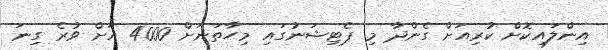
އިންލައިކޮށް ކުރިއަށް ގެންދާ މި ޕެޓިޝަނުގައި މިހާތަނަށް 4000 އަށް ވުރެ ގިނަ